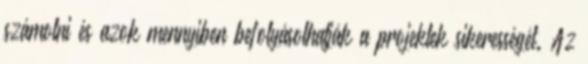
számolni és azok mennyiben befolyásolhatják a projektek sikerességét. Az